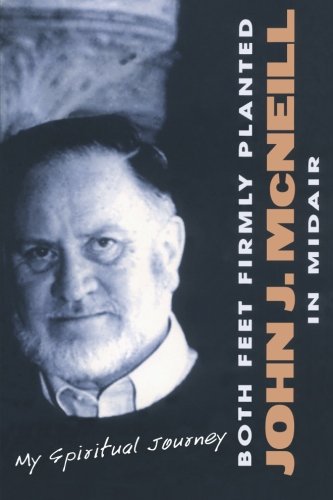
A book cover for Both Feet Firmly Planted in Midair: My Spiritual Journey; John J. McNeill; Gay & Lesbian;